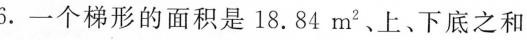
6.一个梯形的面积是18.84m^{2}、上、下底之和